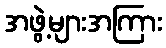
အဖွဲ့များအကြား